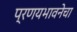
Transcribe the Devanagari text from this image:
प्रणयभावनेचा